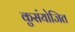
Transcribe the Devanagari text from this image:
कुसंयोजित